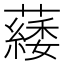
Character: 𦿿